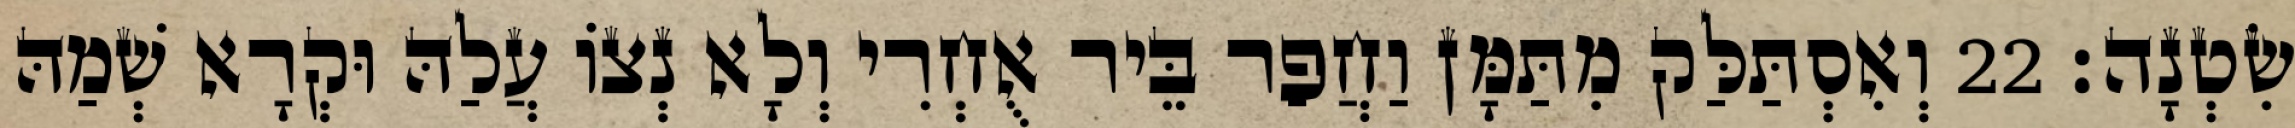
שִׂטְנָה׃ 22 וְאִסְתַּלַּק מִתַּמָּן וַחֲפַר בֵּיר אֻחְרִי וְלָא נְצוֹ עֲלַהּ וּקְרָא שְׁמַהּ